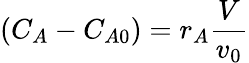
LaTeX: (C_{A}-C_{A0})=r_{A}{\frac{V}{v_{0}}}